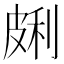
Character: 𰤩